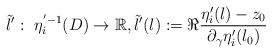
LaTeX: \begin{align*}\tilde{l}': \ \eta_i^{'-1}(D)\to\mathbb{R}, \tilde{l}'(l):=\Re\frac{\eta'_i(l)-z_0}{\partial_{\gamma}\eta'_i(l_0)}\end{align*}